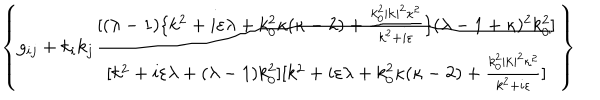
LaTeX: \left\{ g _ { i j } + k _ { i } k _ { j } \frac { [ ( \lambda - 1 ) \{ k ^ { 2 } + i \varepsilon \lambda + k _ { 0 } ^ { 2 } \kappa ( \kappa - 2 ) + \frac { k _ { 0 } ^ { 2 } | \mathbf { k } | ^ { 2 } \kappa ^ { 2 } } { k ^ { 2 } + i \varepsilon } \} ( \lambda - 1 + \kappa ) ^ { 2 } k _ { 0 } ^ { 2 } ] } { [ k ^ { 2 } + i \varepsilon \lambda + ( \lambda - 1 ) k _ { 0 } ^ { 2 } ] [ k ^ { 2 } + i \varepsilon \lambda + k _ { 0 } ^ { 2 } \kappa ( \kappa - 2 ) + \frac { k _ { 0 } ^ { 2 } | \mathbf { k } | ^ { 2 } \kappa ^ { 2 } } { k ^ { 2 } + i \varepsilon } ] } \right\}